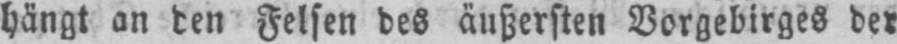
hängt an den Felsen des äußersten Vorgebirges der